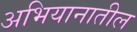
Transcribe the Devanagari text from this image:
अभियानातील